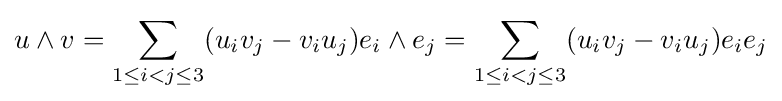
u\wedge v=\sum _{1\leq i<j\leq 3}(u_{i}v_{j}-v_{i}u_{j}){e_{i}}\wedge {e_{j}}=\sum _{1\leq i<j\leq 3}(u_{i}v_{j}-v_{i}u_{j}){e_{i}}{e_{j}}